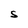
Character: S